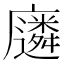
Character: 𫸈